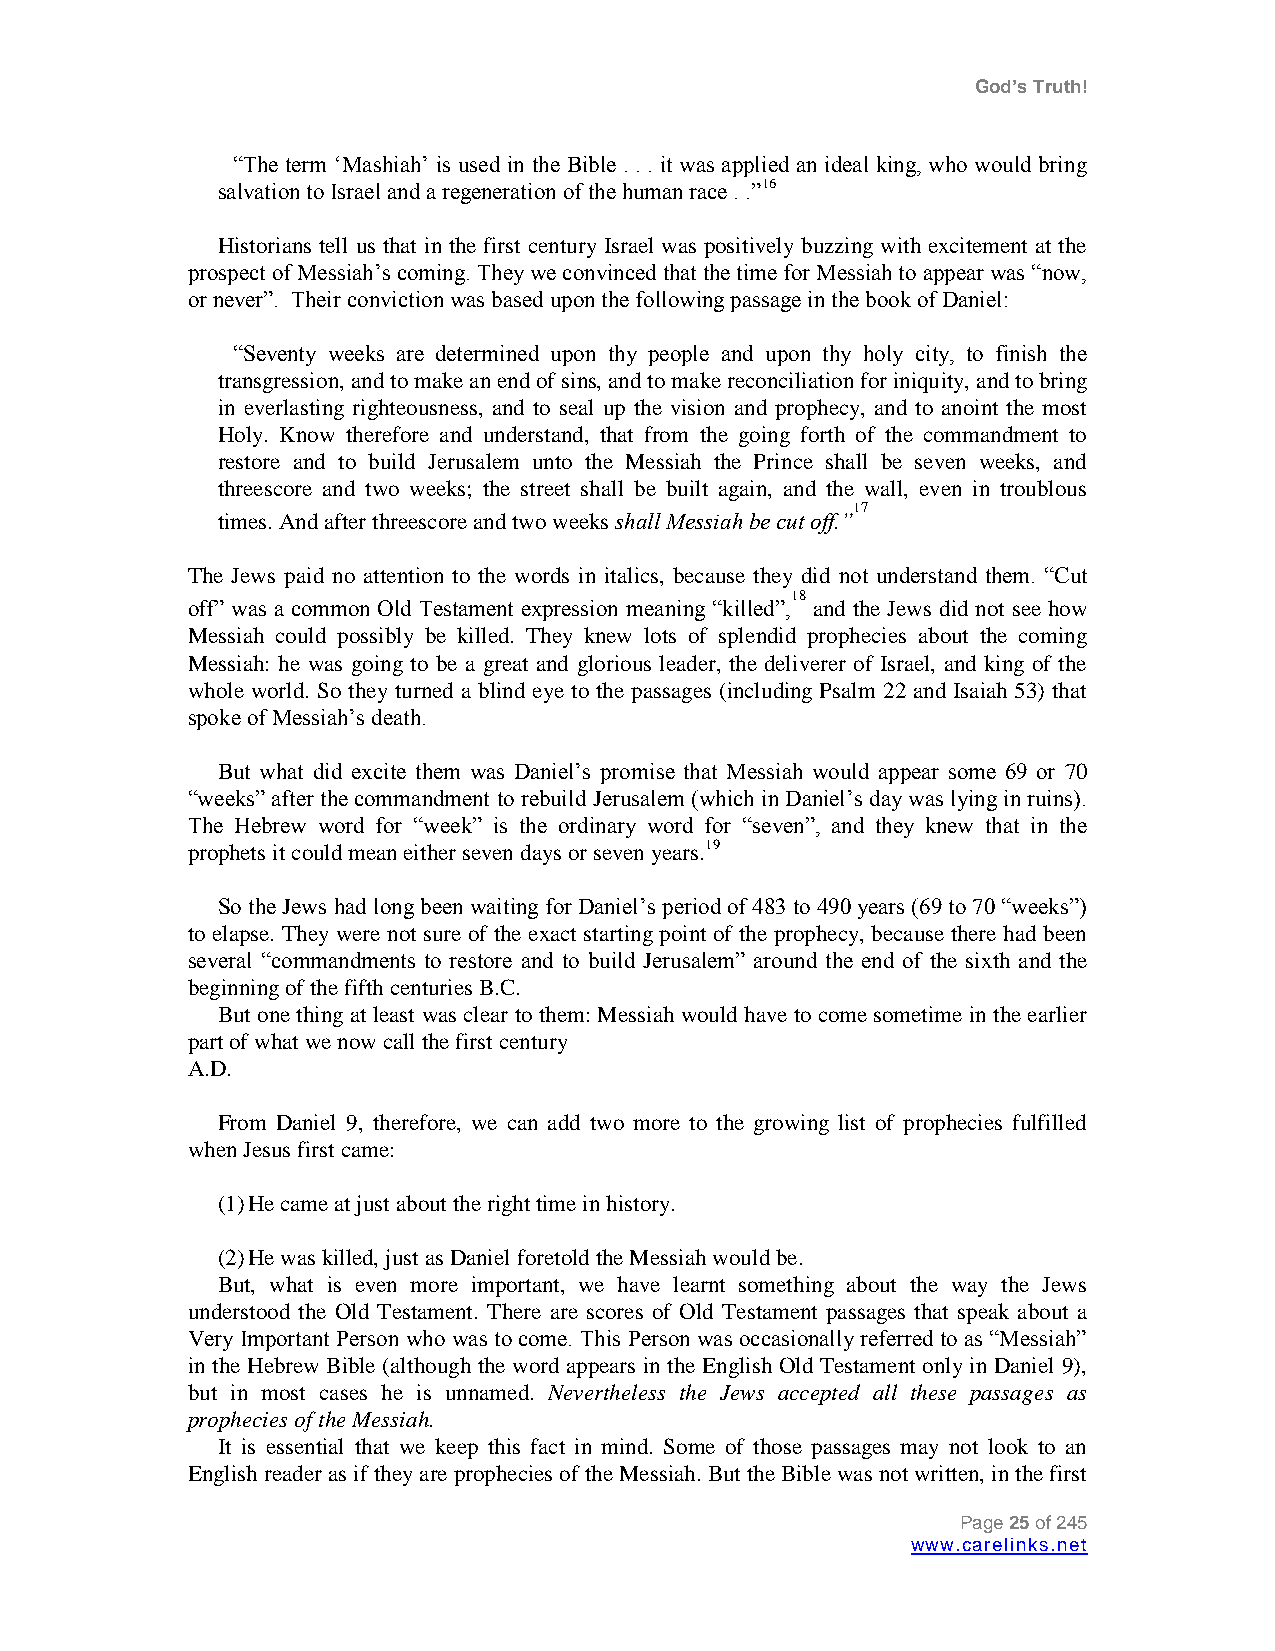
God’s Truth!
 “The term „Mashiah‟ is used in the Bible . . . it was applied an ideal king, who would bring
 salvation to Israel and a regeneration of the human race . .”16
 Historians tell us that in the first century Israel was positively buzzing with excitement at the
 prospect of Messiah‟s coming. They we convinced that the time for Messiah to appear was “now,
 or never”. Their conviction was based upon the following passage in the book of Daniel:
 “Seventy weeks are determined upon thy people and upon thy holy city, to finish the
 transgression, and to make an end of sins, and to make reconciliation for iniquity, and to bring
 in everlasting righteousness, and to seal up the vision and prophecy, and to anoint the most
 Holy. Know therefore and understand, that from the going forth of the commandment to
 restore and to build Jerusalem unto the Messiah the Prince shall be seven weeks, and
 threescore and two weeks; the street shall be built again, and the wall, even in troublous
 17
 times. And after threescore and two weeks shall Messiah be cut off.”
 The Jews paid no attention to the words in italics, because they did not understand them. “Cut
 off” was a common Old Testament expression meaning
 “killed”,18
 and the Jews did not see how
 Messiah could possibly be killed. They knew lots of splendid prophecies about the coming
 Messiah: he was going to be a great and glorious leader, the deliverer of Israel, and king of the
 whole world. So they turned a blind eye to the passages (including Psalm 22 and Isaiah 53) that
 spoke of Messiah‟s death.
 But what did excite them was Daniel‟s promise that Messiah would appear some 69 or 70
 “weeks” after the commandment to rebuild Jerusalem (which in Daniel‟s day was lying in ruins).
 The Hebrew word for “week” is the ordinary word for “seven”, and they knew that in the
 prophets it could mean either seven days or seven years.19
 So the Jews had long been waiting for Daniel‟s period of 483 to 490 years (69 to 70 “weeks”)
 to elapse. They were not sure of the exact starting point of the prophecy, because there had been
 several “commandments to restore and to build Jerusalem” around the end of the sixth and the
 beginning of the fifth centuries B.C.
 But one thing at least was clear to them: Messiah would have to come sometime in the earlier
 part of what we now call the first century
 A.D.
 From Daniel 9, therefore, we can add two more to the growing list of prophecies fulfilled
 when Jesus first came:
 (1) He came at just about the right time in history.
 (2) He was killed, just as Daniel foretold the Messiah would be.
 But, what is even more important, we have learnt something about the way the Jews
 understood the Old Testament. There are scores of Old Testament passages that speak about a
 Very Important Person who was to come. This Person was occasionally referred to as “Messiah”
 in the Hebrew Bible (although the word appears in the English Old Testament only in Daniel 9),
 but in most cases he is unnamed. Nevertheless the Jews accepted all these passages as
 prophecies of the Messiah.
 It is essential that we keep this fact in mind. Some of those passages may not look to an
 English reader as if they are prophecies of the Messiah. But the Bible was not written, in the first
 Page 25 of 245
 www.carelinks.net